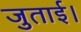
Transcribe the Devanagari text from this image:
जुताई।